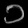
Digit: ၁